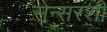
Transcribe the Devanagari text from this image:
सेन्सरशी